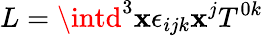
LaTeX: L=\intd^{3}\mathbf{x}\epsilon_{ijk}\mathbf{x}^{j}T^{0k}